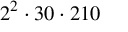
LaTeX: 2 ^ { 2 } \cdot 3 0 \cdot 2 1 0